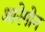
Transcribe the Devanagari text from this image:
आरेगोन